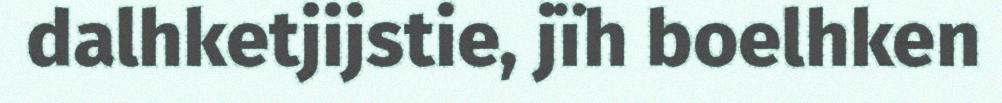
dalhketjijstie, jïh boelhken